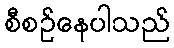
စီစဉ်နေပါသည်